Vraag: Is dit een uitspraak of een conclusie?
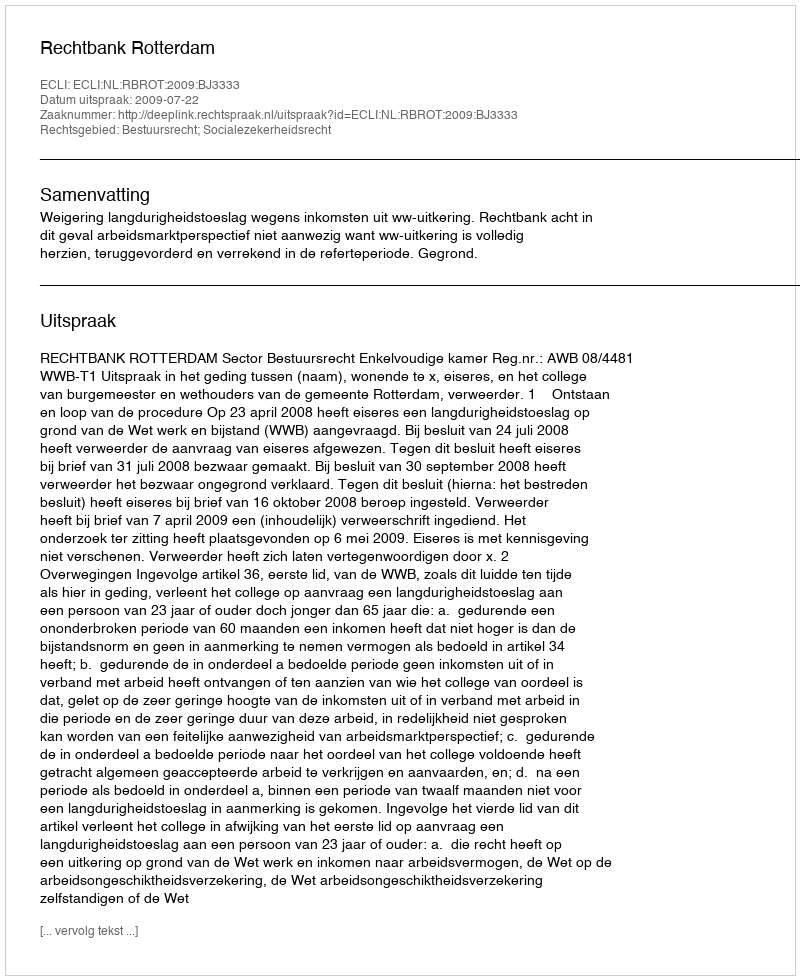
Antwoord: Uitspraak